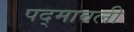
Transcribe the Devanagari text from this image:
पद्मावली